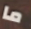
ما